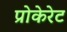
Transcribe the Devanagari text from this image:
प्रोकेरेट